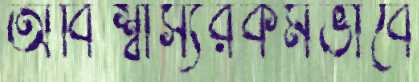
অবিশ্বাস্যরকমভাবে